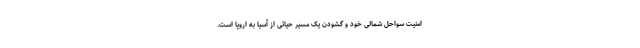
امنیت سواحل شمالی خود و گشودن یک مسیر حیاتی از آسیا به اروپا است.